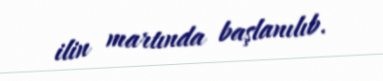
ilin martında başlanılıb.